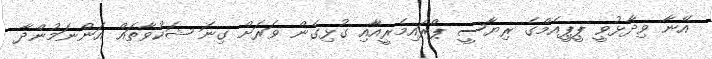
އޭނާ ވިދާޅުވީ ޕީޕީއެމްގެ ރިޔާސީ ޕްރައިމެރީއާއި ގުޅިގެން ވަރަށް ގިނަ ޝަކުވާތައް އަންނަމުންދާ